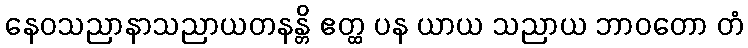
နေဝသညာနာသညာယတနန္တိ ဧတ္ထ ပန ယာယ သညာယ ဘာဝတော တံ